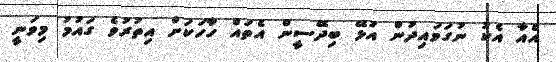
އެއާ އެކު ނުގަވައިދުން އުޅޭ ބިދޭސީން އެތައް ހާހަކަށް އިތުރުވެ ގައުމު މިވަނީ